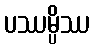
ပဿမ္ပိဿ